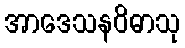
အာဒေသနဝိဓာသု